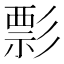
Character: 彯